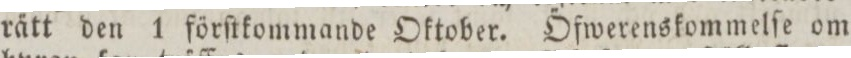
rätt den 1 förſtkommande Oktober. Öfwerenskommelſe om